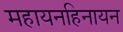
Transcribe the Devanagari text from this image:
महायनहिनायन